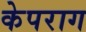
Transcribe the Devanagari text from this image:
केपराग